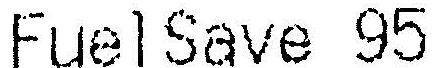
FUEL SAVE 95